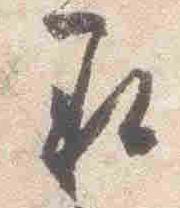
承